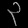
Digit: ၃